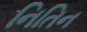
નિતિન